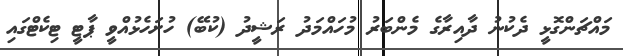
މައްޗަންގޮޅީ ދެކުނު ދާއިރާގެ މެންބަރު މުހައްމަދު ރަޝީދު (ކުބޭ) ހުށަހެޅުއްވީ ޕާޓީ ޓިކެޓްގައި